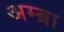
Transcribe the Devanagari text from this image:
अम्ब्रा